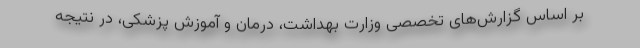
بر اساس گزارش‌های تخصصی وزارت بهداشت، درمان و آموزش پزشکی، در نتیجه